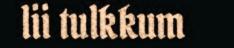
lii tulkkum